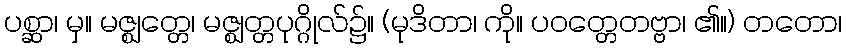
ပစ္ဆာ၊ မှ။ မဇ္ဈတ္တေ၊ မဇ္ဈတ္တပုဂ္ဂိုလ်၌။ (မုဒိတာ၊ ကို။ ပဝတ္တေတဗ္ဗာ၊ ၏။) တတော၊